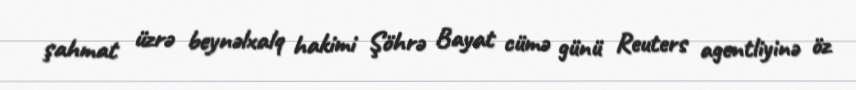
şahmat üzrə beynəlxalq hakimi Şöhrə Bayat cümə günü Reuters agentliyinə öz